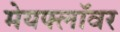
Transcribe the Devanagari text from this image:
मेयफ्लाॅवर